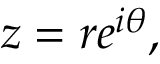
z = r e ^ { i \theta } ,